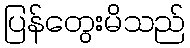
ပြန်တွေးမိသည်